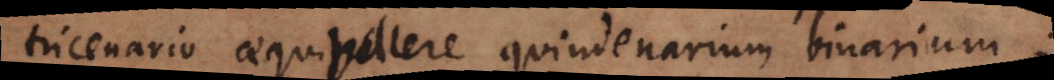
tricenario aequipollere quindenarium binarium;